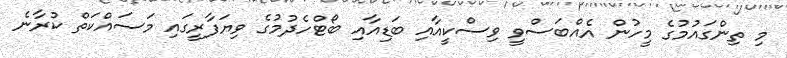
މި ތިންގައުމުގެ މީހުން އެއްބަސްވީ ވިސްކީއާއި ބަޑިއާއި ބޯޓްހެދުމުގެ ވިޔަފާރީގައި މަސައްކަތް ކުރާނެ